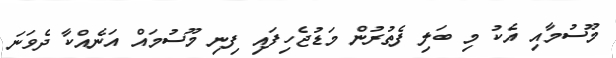
މޫސުމާއި އެކު މި ބަލި ފެތުރުން މަޑުޖެހިފައި ފިނި މޫސުމައް އަނެއްކާ ދެވަނަ